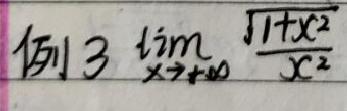
例3 \(\lim_{x \to 0} \frac{\sqrt{1 + x^2}}{x^2}\)